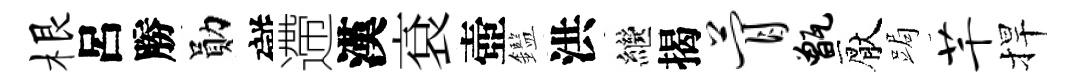
根呂勝勛礙遰漢袞壺鑑洪繼揭瞢甑厭跼芊捍